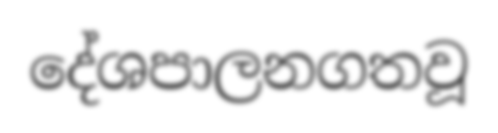
දේශපාලනගතවූ